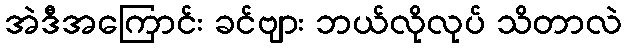
အဲဒီအကြောင်း ခင်ဗျား ဘယ်လိုလုပ် သိတာလဲ